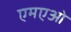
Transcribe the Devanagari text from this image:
एमएओ